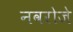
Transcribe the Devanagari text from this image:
नवरोजे